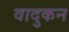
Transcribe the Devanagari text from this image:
वादुकन